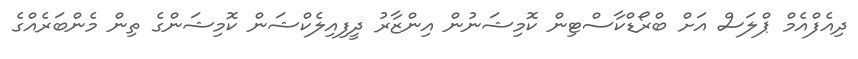
ދިއެފްއެމް ޕްލަސް އަށް ބްރޯޑްކާސްޓިން ކޮމިޝަނުން އިންޒާރު ދީފިއިލެކްޝަން ކޮމިޝަންގެ ތިން މެންބަރެއްގެ